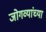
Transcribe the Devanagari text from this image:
जोगव्यांच्या